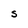
Character: S